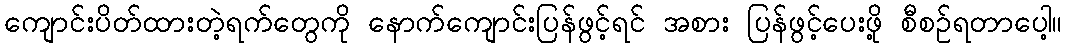
ကျောင်းပိတ်ထားတဲ့ရက်တွေကို နောက်ကျောင်းပြန်ဖွင့်ရင် အစား ပြန်ဖွင့်ပေးဖို့ စီစဉ်ရတာပေါ့။